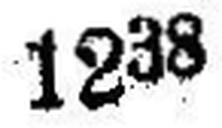
1238